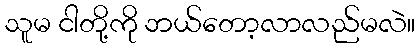
သူမ ငါတို့ကို ဘယ်တော့လာလည်မလဲ။